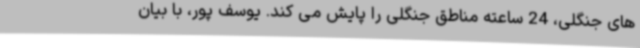
های جنگلی، 24 ساعته مناطق جنگلی را پایش می کند. یوسف پور، با بیان